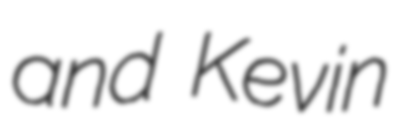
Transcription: and Kevin